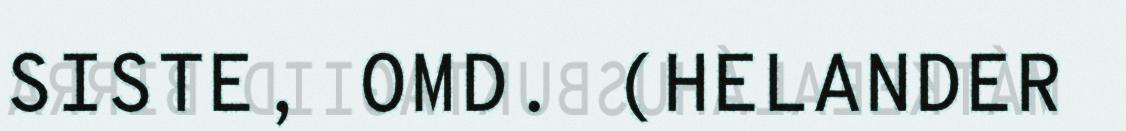
SISTE, OMD. (HELANDER